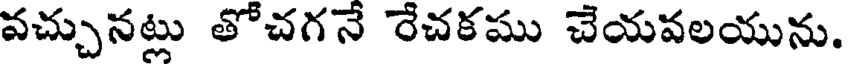
వచ్చునట్లు తోచగనే రేచకము చేయవలయును.